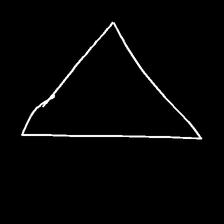
Glyph: convergence